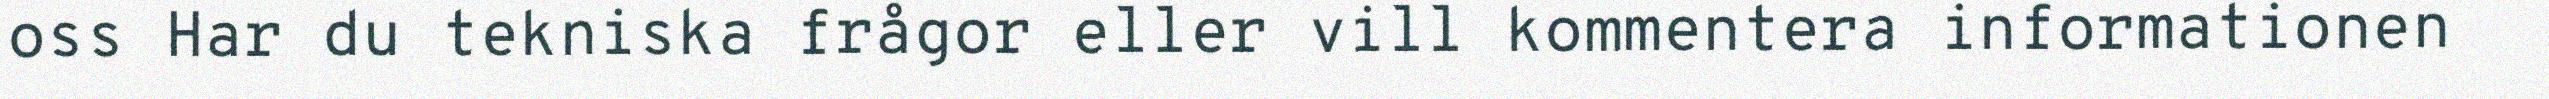
oss Har du tekniska frågor eller vill kommentera informationen